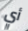
أي